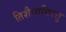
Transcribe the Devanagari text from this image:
तिशैयायिरत्तु